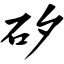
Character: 矽